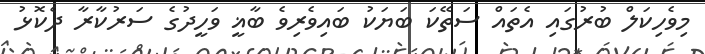
މިވެހިކަލް ބުރުގައި އެތައް ސަތޭކަ ބަޔަކު ބައިވެރިވެ ބާޣީ ވަހީދުގެ ސަރުކާރާ ދެކޮޅު